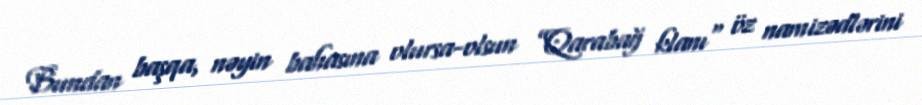
Bundan başqa, nəyin bahasına olursa-olsun ”Qarabağ klanı" öz namizədlərini